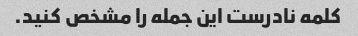
کلمه نادرست این جمله را مشخص کنید.